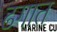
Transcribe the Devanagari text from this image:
ढगात